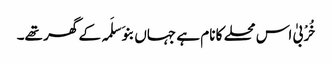
خُرْبیٰ اس محلے کا نام ہے جہاں بنو َسلَمہ کے گھر تھے۔